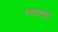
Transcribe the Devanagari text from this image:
ग्यालवा